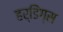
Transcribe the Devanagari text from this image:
हर्डिंग्स